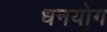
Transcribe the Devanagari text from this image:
धनयोग